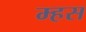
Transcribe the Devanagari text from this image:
म्हस